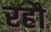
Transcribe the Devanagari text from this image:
रहौ